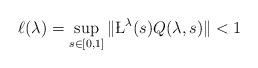
LaTeX: \begin{align*}\ell(\lambda)=\sup_{s\in[0,1]}\|\L^{\lambda}(s)Q(\lambda,s)\|<1\end{align*}